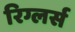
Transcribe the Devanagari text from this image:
रिग्लर्स